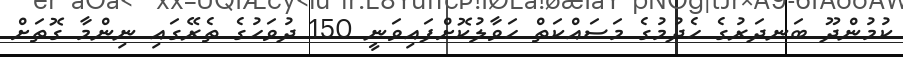
ކުމުންދޫ ބަނދަރުގެ ހެދުމުގެ މަސައްކަތް ހަވާލުކޮށްފައިވަނީ 150 ދުވަހުގެ ތެރޭގައި ނިންމާ ގޮތަށް